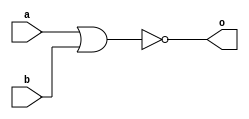
module mynor2(input a,b,
		output o);
	assign o = ~(a | b);
endmodule

module mynor3(input a, b, c,
		output o);
	assign o = ~(a | b | c);
endmodule 


module mynor4(input a, b, c, d,
		output o);
	assign o = ~(a | b | c | d);
endmodule